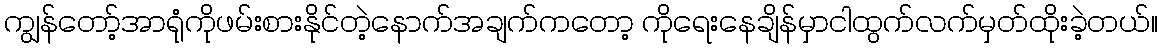
ကျွန်တော့်အာရုံကိုဖမ်းစားနိုင်တဲ့နောက်အချက်ကတော့ ကိုရေးနေချိန်မှာငါထွက်လက်မှတ်ထိုးခဲ့တယ်။